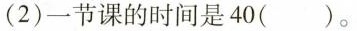
(2)一节课的时间是40( )。